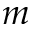
m